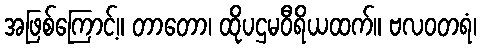
အဖြစ်ကြောင့်။ တာတော၊ ထိုပဌမဝီရိယထက်။ ဗလဝတရံ၊